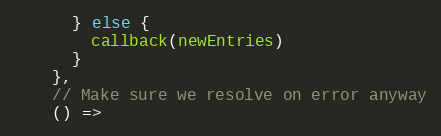
Language: JavaScript
      } else {
        callback(newEntries)
      }
    },
    // Make sure we resolve on error anyway
    () =>